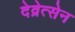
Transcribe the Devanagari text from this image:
देव्रेत्सेन